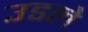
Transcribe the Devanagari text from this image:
उडले